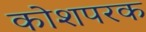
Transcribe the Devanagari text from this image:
कोशपरक